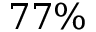
7 7 \%